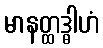
မာနတ္ထဒ္ဓါဟံ